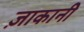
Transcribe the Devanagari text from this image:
ज़ाकानी